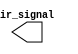
////////////////////////////////////////////////////////////////////////////
// SPDX-FileCopyrightText: 2022 , Julien OURY                       
// 
// Licensed under the Apache License, Version 2.0 (the "License");
// you may not use this file except in compliance with the License.
// You may obtain a copy of the License at
//
//      http://www.apache.org/licenses/LICENSE-2.0
//
// Unless required by applicable law or agreed to in writing, software
// distributed under the License is distributed on an "AS IS" BASIS,
// WITHOUT WARRANTIES OR CONDITIONS OF ANY KIND, either express or implied.
// See the License for the specific language governing permissions and
// limitations under the License.
// SPDX-License-Identifier: Apache-2.0
// SPDX-FileContributor: Created by Julien OURY <julien.oury@outlook.fr>
//
////////////////////////////////////////////////////////////////////////////
`timescale 1ns/1ps

module bfm_ir (
  output reg       ir_signal
);

  reg     p_polarity;
  integer p_period;
  integer i;
  integer state;

  /////////////////////////////////////////////////////////////////////////////////////////////////////////////////////////
  // TASK : init
  /////////////////////////////////////////////////////////////////////////////////////////////////////////////////////////
  task init(
    input         polarity,
    input integer tick_period_ns
  );
  begin
    $display("simetime = %g : Init IR interface with", $time);
    $display("simetime = %g :  - polarity = %b", $time, polarity);
    $display("simetime = %g :  - period to %d ns", $time, tick_period_ns); 
    
    // Parameters
    p_polarity = polarity;
    p_period = tick_period_ns;
    
    // Init output signals
    ir_signal = ~p_polarity;

  end
  endtask
  
  /////////////////////////////////////////////////////////////////////////////////////////////////////////////////////////
  // TASK : write
  /////////////////////////////////////////////////////////////////////////////////////////////////////////////////////////
  task send_nec(
    input [7:0] addr,
    input [7:0] data
  );
  begin
    $display("simetime = %g : Send IR NEC trame (0x%h -> 0x%h)", $time, addr, data);

    state = 0;
    send_start();
    
    state = 1;
    // Send address
    for (i=0 ; i<8 ; i=i+1) begin
      send_bit(addr[i]);
    end
    
    state = 2;
    // Send address (complement)
    for (i=0 ; i<8 ; i=i+1) begin
      send_bit(~addr[i]);
    end
    
    state = 3;
    // Send data
    for (i=0 ; i<8 ; i=i+1) begin
      send_bit(data[i]);
    end
    
    state = 4;
    // Send data (complement)
    for (i=0 ; i<8 ; i=i+1) begin
      send_bit(~data[i]);
    end
    
    state = 5;
    // Send stop
    send_stop();
    state = 6;
    

  end
  endtask

  /////////////////////////////////////////////////////////////////////////////////////////////////////////////////////////
  // TASK : send_start
  /////////////////////////////////////////////////////////////////////////////////////////////////////////////////////////
  task send_start;
  begin
    ir_signal = p_polarity;
    #(p_period*16) ir_signal = ~p_polarity;
    #(p_period*8)  ir_signal =  p_polarity;
  end 
  endtask
  
  /////////////////////////////////////////////////////////////////////////////////////////////////////////////////////////
  // TASK : send_bit
  /////////////////////////////////////////////////////////////////////////////////////////////////////////////////////////
  task send_bit(
    input reg value
  );
  begin
    ir_signal = p_polarity;
    #(p_period)  ir_signal = ~p_polarity;
    if (value == 1'b1) begin
      #(p_period*3)  ir_signal = p_polarity;
    end else begin
      #(p_period)  ir_signal = p_polarity;
    end
  end 
  endtask
  
  /////////////////////////////////////////////////////////////////////////////////////////////////////////////////////////
  // TASK : send_stop
  /////////////////////////////////////////////////////////////////////////////////////////////////////////////////////////
  task send_stop;
  begin
    ir_signal = p_polarity;
    #(p_period) ir_signal = ~p_polarity;
  end 
  endtask
  
endmodule